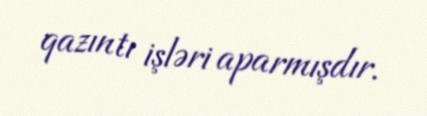
qazıntı işləri aparmışdır.